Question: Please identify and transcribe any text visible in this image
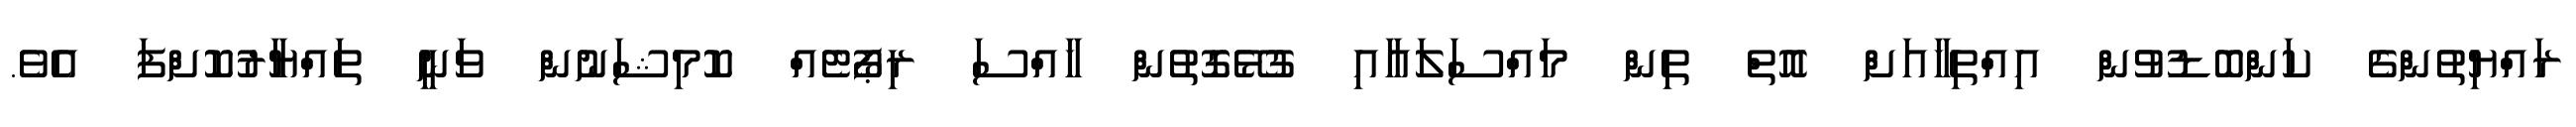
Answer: ރައްޔިތުންގެ ކަންބޮޑުވުން އިއްތިހާއަށް އޮތް ތިން މައްސަލައާއި ގުޅޭގޮތުން ހާއްސަ ރިޕޯޓެއް ކޮމިޝަނުން ވަނީ ތައްޔާރުކޮށްފަ އެވެ.